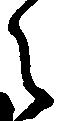
之